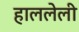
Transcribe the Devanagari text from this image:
हाललेली